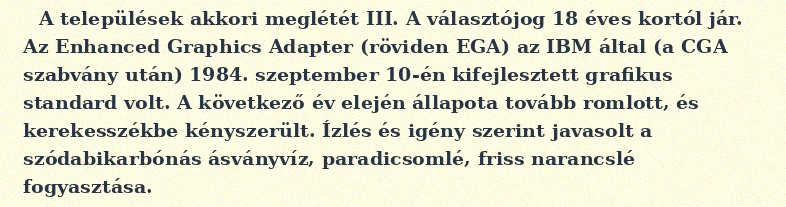
A települések akkori meglétét III. A választójog 18 éves kortól jár. Az Enhanced Graphics Adapter (röviden EGA) az IBM által (a CGA szabvány után) 1984. szeptember 10-én kifejlesztett grafikus standard volt. A következő év elején állapota tovább romlott, és kerekesszékbe kényszerült. Ízlés és igény szerint javasolt a szódabikarbónás ásványvíz, paradicsomlé, friss narancslé fogyasztása.